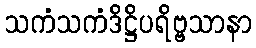
သကံသကံဒိဋ္ဌိပရိဗ္ဗသာနာ